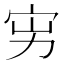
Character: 𡧚